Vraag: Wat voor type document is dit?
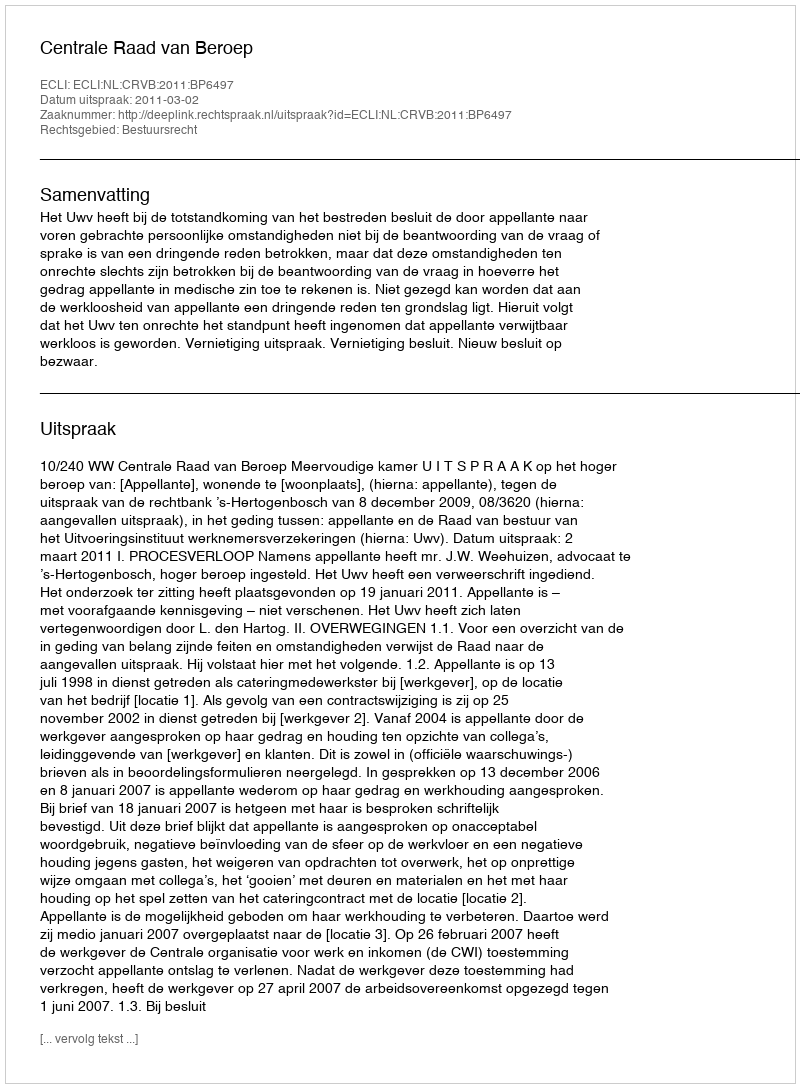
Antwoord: Uitspraak